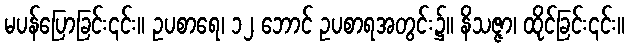
မပန်ပြောခြင်း၎င်း။ ဥပစာရေ၊ ၁၂ ဘောင် ဥပစာရအတွင်း၌။ နိသဇ္ဇာ၊ ထိုင်ခြင်း၎င်း။